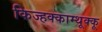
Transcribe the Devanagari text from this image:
किज्हक्काम्थूक्कू